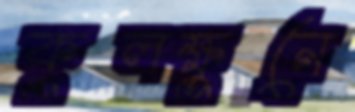
কুলক্ষুনে